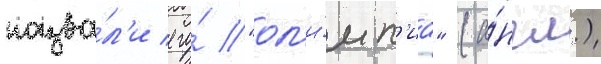
назва́л'и его́ "ол'и́мп'иа" (а́нгл.)